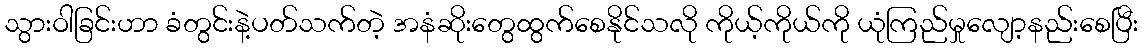
သွားဝါခြင်းဟာ ခံတွင်းနဲ့ပတ်သက်တဲ့ အနံဆိုးတွေထွက်စေနိုင်သလို ကိုယ့်ကိုယ်ကို ယုံကြည်မှုလျော့နည်းစေပြီး